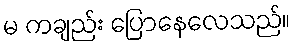
မ ကချည်း ပြောနေလေသည်။